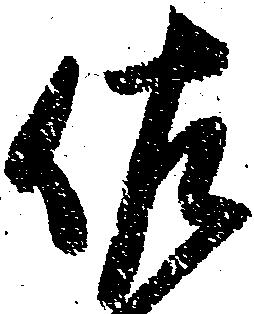
佐